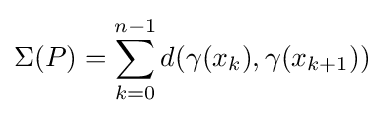
\Sigma (P)=\sum _{k=0}^{n-1}d(\gamma (x_{k}),\gamma (x_{k+1}))